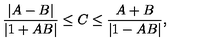
{ \frac { | A - B | } { | 1 + A B | } } \leq C \leq { \frac { A + B } { | 1 - A B | } } ,